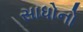
સાધોનો